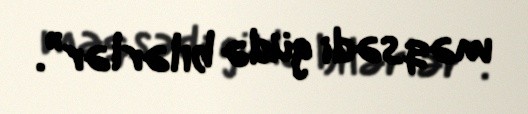
məqsədi güdə bilərlər”.